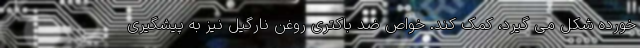
خورده شکل می گیرد، کمک کند. خواص ضد باکتری روغن نارگیل نیز به پیشگیری